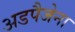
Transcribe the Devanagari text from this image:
अडपैजेना